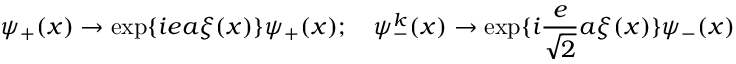
\psi _ { + } ( x ) \rightarrow \exp \{ i e a \xi ( x ) \} \psi _ { + } ( x ) ; \quad \psi _ { - } ^ { k } ( x ) \rightarrow \exp \{ i \frac { e } { \sqrt { 2 } } a \xi ( x ) \} \psi _ { - } ( x )